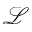
\mathcal { L }